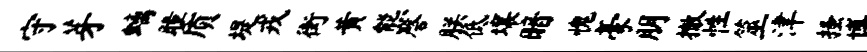
守芽螭瞳质堤戎街黄熊磬朕低壤暗愧豪朋撤性筮津搔博